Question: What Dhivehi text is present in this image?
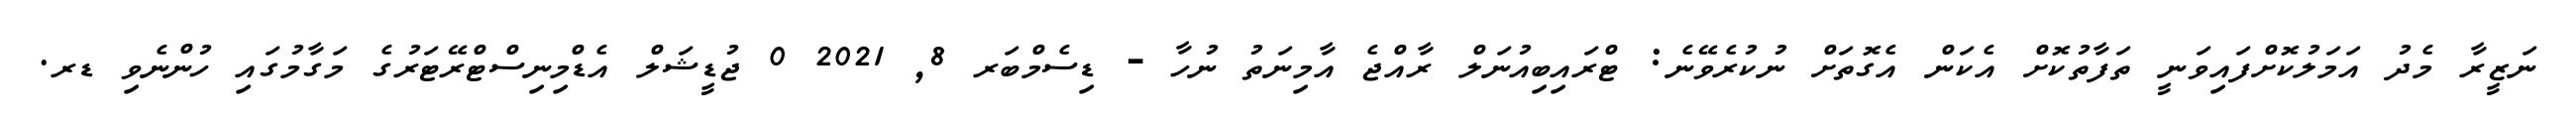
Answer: ނަޒީރާ މެދު އަމަލުކޮށްފައިވަނީ ތަފާތުކޮށް އެކަން އެގޮތަށް ނުކުރެވޭނެ: ޓްރައިބިއުނަލް ރާއްޖެ އާމިނަތު ނުހާ - ޑިސެމްބަރ 8, 2021 0 ޖުޑީޝަލް އެޑްމިނިސްޓްރޭޓަރުގެ މަގާމުގައި ހުންނެވި ޑރ.